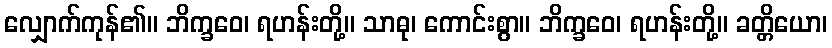
လျှောက်ကုန်၏။ ဘိက္ခဝေ၊ ရဟန်းတို့။ သာဓု၊ ကောင်းစွာ။ ဘိက္ခဝေ၊ ရဟန်းတို့။ ခတ္တိယော၊